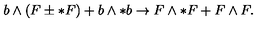
b \wedge ( F \pm * F ) + b \wedge * b \rightarrow F \wedge * F + F \wedge F .